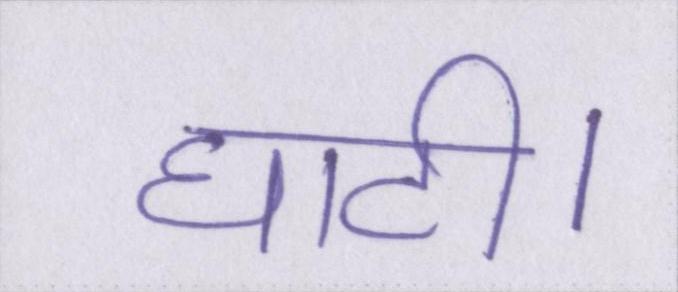
घाटी।